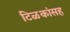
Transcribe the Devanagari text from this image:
टिळकांसह